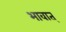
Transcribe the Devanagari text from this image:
भावात्